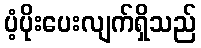
ပံ့ပိုးပေးလျက်ရှိသည်